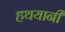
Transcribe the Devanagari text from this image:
हथयानी